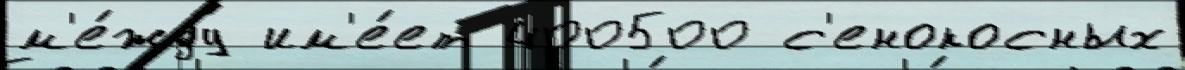
м'е́жду им'е́ет 400500 с'енокосных